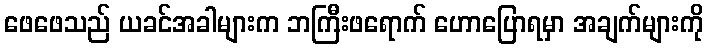
ဖေဖေသည် ယခင်အခါများက ဘကြီးဖရောက် ဟောပြောရမှာ အချက်များကို